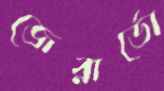
জেরার্ডো